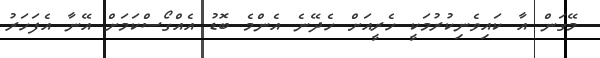
މޭގަން އާ ކައިވެނިކުރުމަކީ ހެރީއަށް ހެދޭނެ އެންމެ ބޮޑު އެއްގޯސްކަމަށް އޭނާ އެފަހަރު